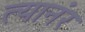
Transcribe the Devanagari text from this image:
त्यानंर